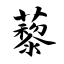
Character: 藜